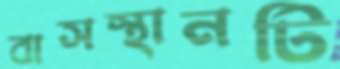
বাসস্থানটি